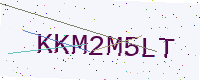
Text: KKM2M5LT